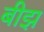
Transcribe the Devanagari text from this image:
बीझ